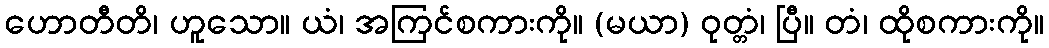
ဟောတီတိ၊ ဟူသော။ ယံ၊ အကြင်စကားကို။ (မယာ) ဝုတ္တံ၊ ပြီ။ တံ၊ ထိုစကားကို။